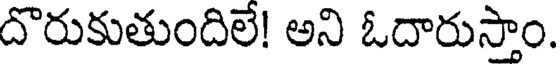
దొరుకుతుందిలే! అని ఓదారుస్తాం.